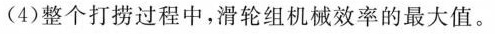
(4)整个打捞过程中，滑轮组机械效率的最大值。